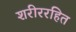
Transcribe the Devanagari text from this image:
शरीररहित